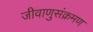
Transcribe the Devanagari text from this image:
जीवाणुसंक्रमण